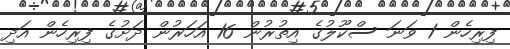
ފިރިހެން 1 ވަނަ ސްކޫލުގެ އިތުރުން 16 އަހަރުން ދަށުގެ ފިރިހެން އަދި